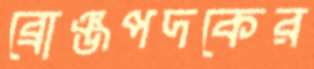
ব্রোঞ্জপদকের